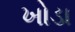
ખોડા